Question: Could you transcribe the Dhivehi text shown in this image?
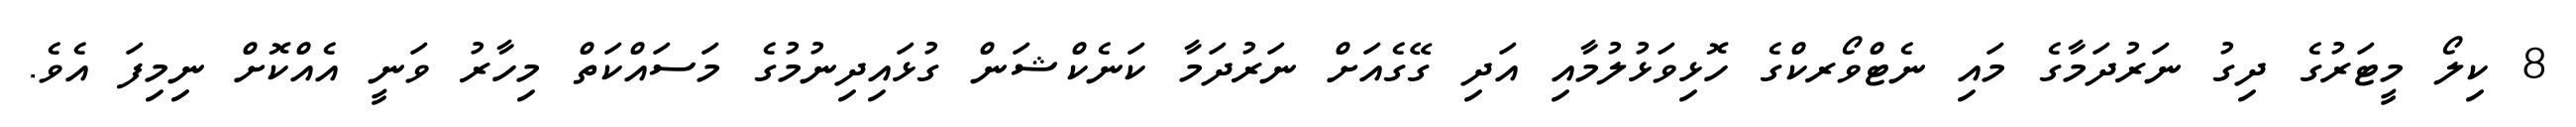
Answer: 8 ކިލޯ މީޓަރުގެ ދިގު ނަރުދަމާގެ މައި ނެޓްވޯރކްގެ ހޮޅިވަޅުލުމާއި އަދި ގޭގެއަށް ނަރުދަމާ ކަނެކްޝަން ގުޅައިދިނުމުގެ މަސައްކަތް މިހާރު ވަނީ އެއްކޮށް ނިމިފަ އެވެ.